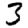
Digit: 3